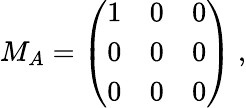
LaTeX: M_{A}=\left(\begin{array}{ccc}{{1}}&{{0}}&{{0}}\\ {{0}}&{{0}}&{{0}}\\ {{0}}&{{0}}&{{0}}\end{array}\right)~,